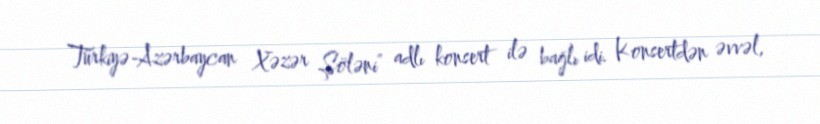
Türkiyə-Azərbaycan Xəzər Şöləni” adlı konsert ilə bağlı idi. Konsertdən əvvəl,